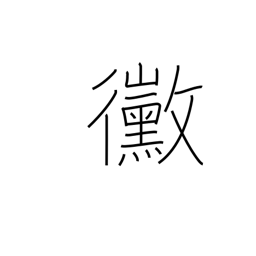
Meaning: mildew